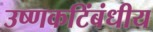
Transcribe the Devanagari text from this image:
उष्णकटिंबंधीय